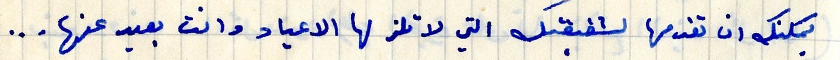
يمكنك ان تقدمها لشقيقتك التي لا تلز لها الاعياد وانت بعيد عنها...